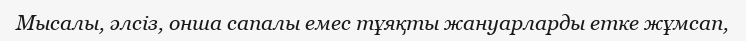
Мысалы, әлсіз, онша сапалы емес тұяқты жануарларды етке жұмсап,